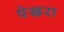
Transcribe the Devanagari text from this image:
पेखरा